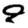
Digit: 9